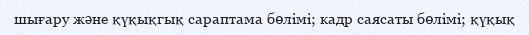
шығару және қүқықгық сараптама бөлімі; кадр саясаты бөлімі; қүқық